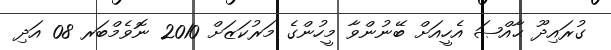
ގުރައިދޫ ޙާއްޞަ އެހީއަށް ބޭނުންވާ މީހުންގެ މަރުކަޒަށް 2010 ނޮވެމްބަރ 08 އަދި